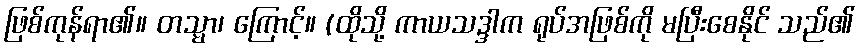
ဖြစ်ကုန်ရာ၏။ တသ္မာ၊ ကြောင့်။ (ထိုသို့ ကာယသဒ္ဒါက ရုပ်အဖြစ်ကို မပြီးစေနိုင် သည်၏